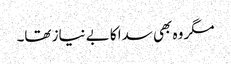
مگر وہ بھی سدا کا بے نیاز تھا۔